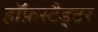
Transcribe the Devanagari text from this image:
हॉफ़स्टैड्टर